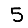
Digit: 5